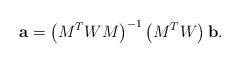
LaTeX: \begin{align*}\mathbf{a} = \left(M^{T} W M\right)^{-1}\left(M^{T}W\right)\mathbf{b}.\end{align*}